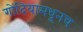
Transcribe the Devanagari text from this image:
गोंदियामधूनच